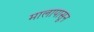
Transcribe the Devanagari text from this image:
मालापासून